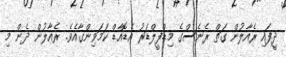
ދީފައި ރެއާލުން ގަތް ރެެނެސްގެ މިޑްފީލްޑަރު އެޑޮއާޑް ކަމަވިންގާއެވެ. ރެއާލުން ދެން މި